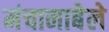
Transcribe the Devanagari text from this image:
मंचानाबेले